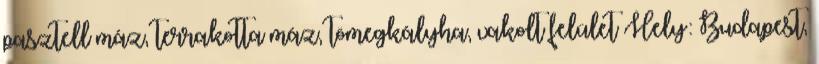
pasztell máz, terrakotta máz, tömegkályha, vakolt felület Hely: Budapest,